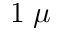
1 \; \mu